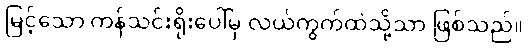
မြင့်သော ကန်သင်းရိုးပေါ်မှ လယ်ကွက်ထဲသို့သာ ဖြစ်သည်။